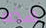
هذه